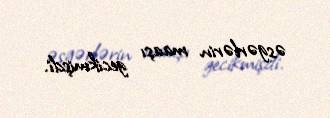
əsgərlərin maaşı gecikmişdi.